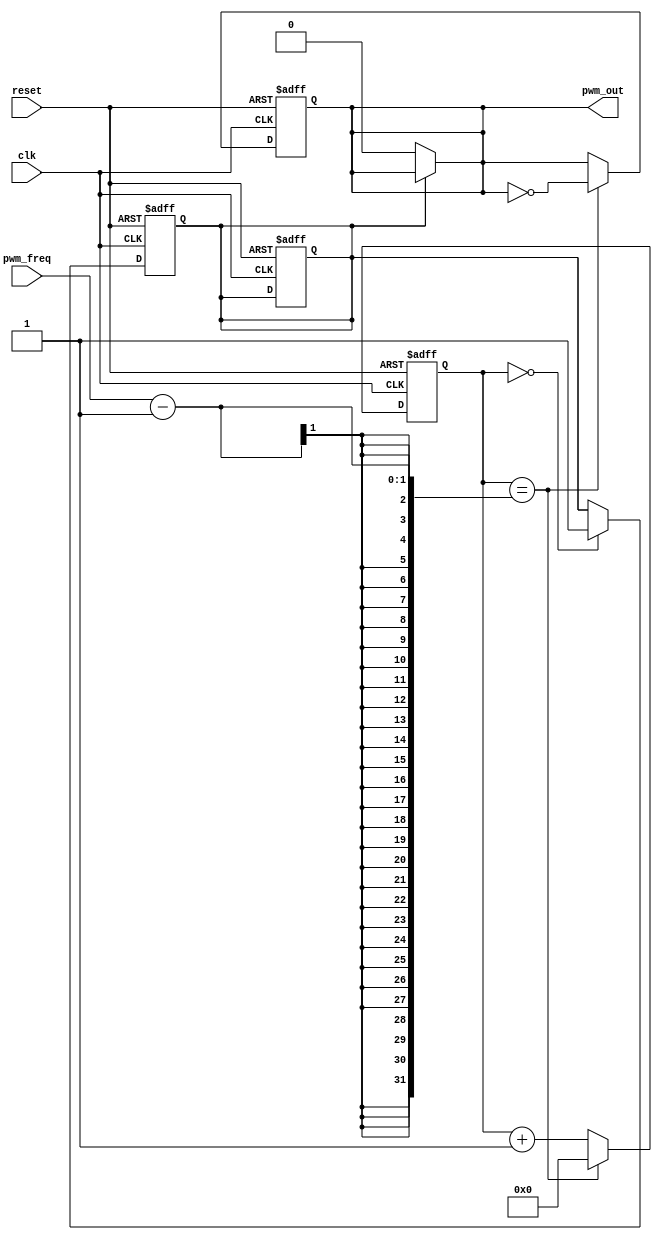
module PWM_timer (
    input wire clk,
    input wire reset,
    input wire pwm_freq,
    output reg pwm_out
);

reg [15:0] counter;
reg pwm_enable;

always @ (posedge clk or posedge reset)
begin
    if (reset)
    begin
        counter <= 16'd0;
        pwm_out <= 1'b0;
        pwm_enable <= 1'b0;
    end
    else if (counter == pwm_freq - 1)
    begin
        counter <= 16'd0;
        pwm_out <= ~pwm_out;
    end
    else
        counter <= counter + 1;
end

always @ (posedge clk or posedge reset)
begin
    if (reset)
        pwm_enable <= 1'b0;
    else if (counter == 0)
        pwm_enable <= 1'b1;
end

assign pwm_out = pwm_enable ? pwm_out : 1'b0;

endmodule